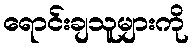
ရောင်းချသူများကို